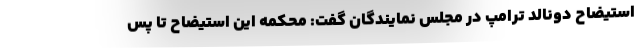
استیضاح دونالد ترامپ در مجلس نمایندگان گفت: محکمه این استیضاح تا پس